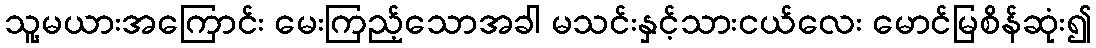
သူ့မယားအကြောင်း မေးကြည့်သောအခါ မသင်းနှင့်သားငယ်လေး မောင်မြစိန်ဆုံး၍